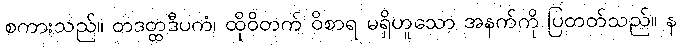
စကားသည်။ တဒတ္ထဒီပကံ၊ ထိုဝိတက် ဝိစာရ မရှိဟူသော အနက်ကို ပြတတ်သည်။ န